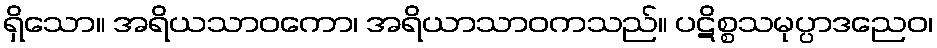
ရှိသော။ အရိယသာဝကော၊ အရိယာသာဝကသည်။ ပဋိစ္စသမုပ္ပာဒညေဝ၊